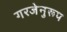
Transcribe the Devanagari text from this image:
गरजेनुरूप